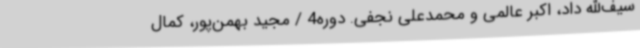
سیف‌الله داد، اکبر عالمی و محمدعلی نجفی. دوره4 / مجید بهمن‌پور، کمال